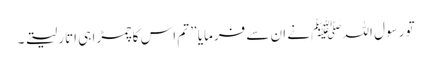
تو رسول اللہ ﷺ نے ان سے فرمایا ” تم اس کا چمڑا ہی اتار لیتے ۔